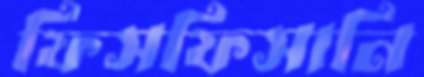
ফিসফিসানি